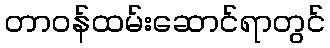
တာဝန်ထမ်းဆောင်ရာတွင်